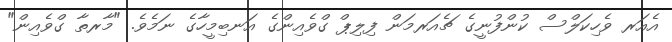
އެއަރ ވެހިކަލްސް ކުންފުނީގެ ޗެއަރމަން ފިލިޕް ގްވެއިންގެ އަނބިމީހާގެ ނަމެވެ. "މާރތާ ގްވެއިން"